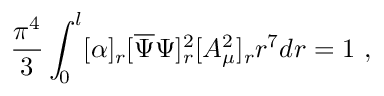
\frac { \pi ^ { 4 } } { 3 } \int _ { 0 } ^ { l } [ \alpha ] _ { r } [ \overline { { { \Psi } } } \Psi ] _ { r } ^ { 2 } [ A _ { \mu } ^ { 2 } ] _ { r } r ^ { 7 } d r = 1 ~ ,